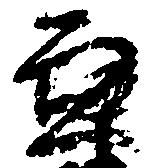
兼